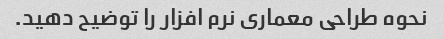
نحوه طراحی معماری نرم افزار را توضیح دهید.